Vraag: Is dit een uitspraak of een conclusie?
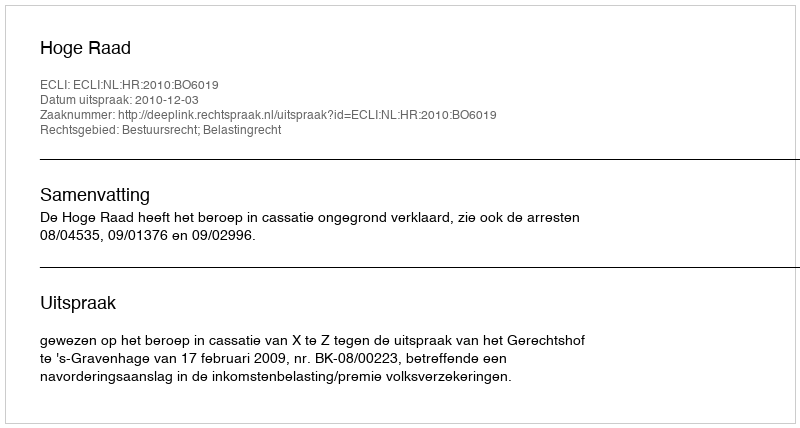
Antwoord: Uitspraak